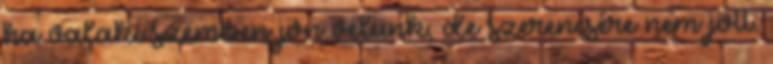
ha valaki szemben jön velünk, de szerencsére nem jött.